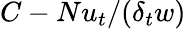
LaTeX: C-Nu_{t}/(\delta_{t}w)